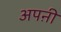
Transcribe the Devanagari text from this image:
अपऩी